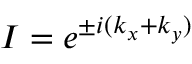
I = e ^ { \pm i ( k _ { x } + k _ { y } ) }